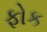
ફોક